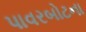
પાવરબોટના